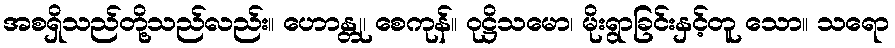
အစရှိသည်တို့သည်လည်း။ ဟောန္တု၊ စေကုန်။ ဝုဋ္ဌိသမော၊ မိုးရွာခြင်းနှင့်တူ သော။ သရော